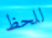
للحظ